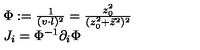
\begin{array} { l } { \Phi : = { \frac { 1 } { ( v \cdot l ) ^ { 2 } } } = { \frac { z _ { 0 } ^ { 2 } } { ( z _ { 0 } ^ { 2 } + \vec { z } ^ { 2 } ) ^ { 2 } } } } \\ { J _ { i } = \Phi ^ { - 1 } \partial _ { i } \Phi } \\ \end{array}